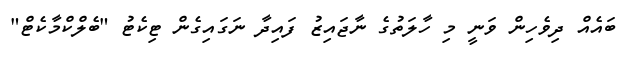
ބައެއް ދިވެހިން ވަނީ މި ހާލަތުގެ ނާޖައިޒު ފައިދާ ނަގައިގެން ޓިކެޓު "ބެލްކްމާކެޓް"